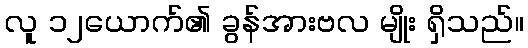
လူ ၁၂ယောက်၏ ခွန်အားဗလ မျိုး ရှိသည်။